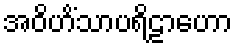
အဝိဟိံသာပရိဠာဟော